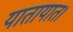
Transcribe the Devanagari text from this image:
यातायात।